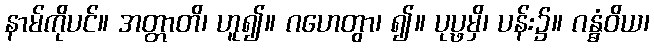
နာမ်ကိုပင်။ အတ္တာတိ၊ ဟူ၍။ ဂဟေတွာ၊ ၍။ ပုပ္ဖမှိ၊ ပန်း၌။ ဂန္ဓံဝိယ၊